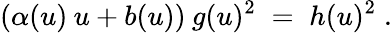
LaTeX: (\alpha(u)\: u+b(u))\: g(u)^{2}\; =\; h(u)^{2}\; .